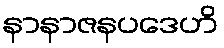
နာနာဇနပဒေဟိ